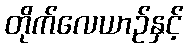
တိုက်လေယာဉ်နှင့်